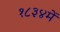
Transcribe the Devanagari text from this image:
१८३४में